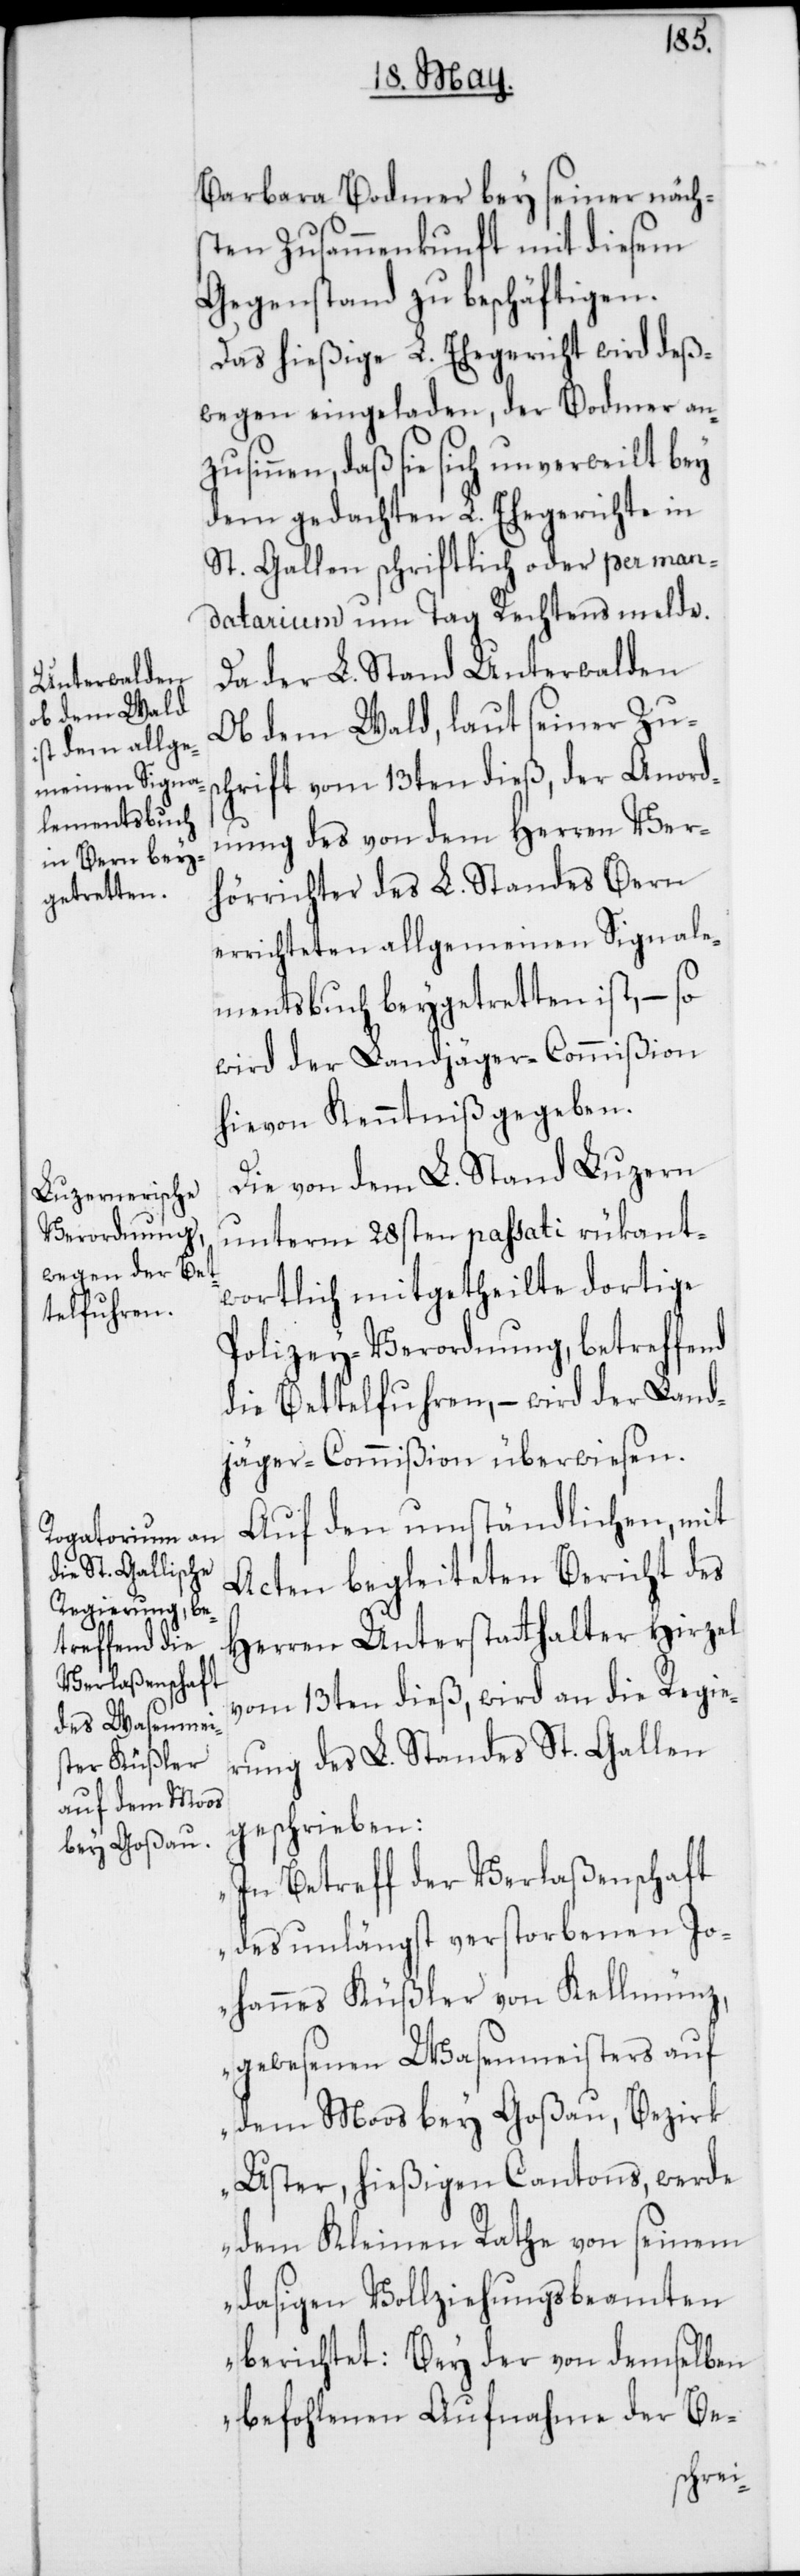
Barbara Bodmer bey seiner nächs¬
ten Zusammenkunft mit diesem
Gegenstand zu beschäftigen.
Das hießige L. Ehegericht wird deß¬
wegen eingeladen, der Bodmer an¬
zusinnen, daß sie sich unverweilt bey
dem gedachten L. Ehegerichte in
St. Gallen schriftlich oder per man¬
datarium um Tag Rechtens melde.
Da der L. Stand Unterwalden
ob dem Wald, laut seiner Zus¬
chrift vom 13ten dieß, der Anord¬
nung des von dem Herren Ver¬
hörrichter des L. Standes Bern
errichteten allgemeinen Signale¬
mentsbuch beygetretten ist, – so
wird der Landjäger-Commißion
hievon Kenntniß gegeben.
Die von dem L. Stand Luzern
unterm 28sten passati rükant¬
wortlich mitgetheilte dortige
Polizey-Verordnung, betreffend
die Bettelfuhren , – wird der Land¬
jäger-Commißion überwiesen.
Auf den umständlichen, mit
Acten begleiteten Bericht des
Herren Unterstatthalter Hirzel
vom 13ten dieß, wird an die Regie¬
rung des L. Standes St. Gallen
geschrieben:
„In Betreff der Verlaßenschaft
des unlängst verstorbenen Jo¬
hannes Küßler von Kellmünz,
gewesenen Wasenmeisters auf
dem Moos bey Goßau, Bezirk
Uster, hießigen Cantons, werde
dem Kleinen Rathe von seinem
dasigen Vollziehungsbeamten
berichtet: Bey der von demselben
befohlenen Aufnahme der Be-